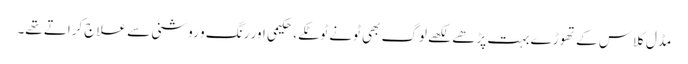
مڈل کلاس کے تھوڑے بہت پڑھے لکھے لوگ بھی ٹونے ٹوٹکے، حکیمی اور رنگ و روشنی سے علاج کراتے تھے۔